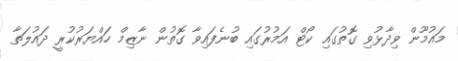
މައުމޫން ވިދާޅުވި ގޮތުގައި ކޯޓް އަމުރުގައި ބުނެފައިވާ ގޮތުން ނާޒިމް ހައްޔަރުކުރީ ދައުލަތާ